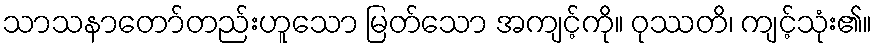
သာသနာတော်တည်းဟူသော မြတ်သော အကျင့်ကို။ ဝုဿတိ၊ ကျင့်သုံး၏။